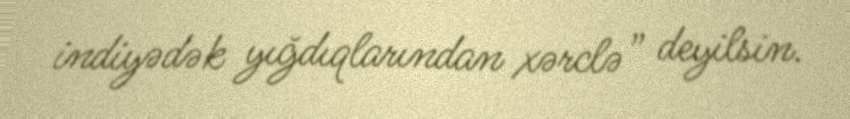
indiyədək yığdıqlarından xərclə” deyilsin.